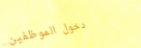
دخول الموظفين